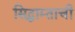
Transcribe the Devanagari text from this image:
सिद्धाम्ताची